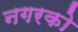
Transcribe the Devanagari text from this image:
नगरको